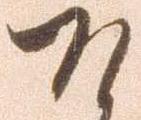
そ